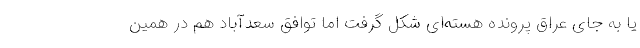
یا به جای عراق پرونده هسته‌ای شکل گرفت اما توافق سعدآباد هم در همین